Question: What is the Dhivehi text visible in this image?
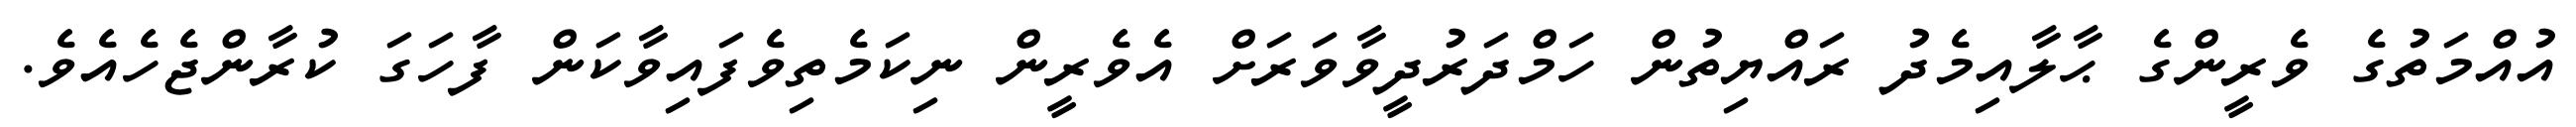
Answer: އުއްމަތުގެ ވެރީންގެ ޙާލާއިމެދު ރައްޔިތުން ހަމްދަރުދީވާވަރަށް އެވެރީން ނިކަމެތިވެފައިވާކަން ފާހަގަ ކުރާންޖެހެއެވެ.